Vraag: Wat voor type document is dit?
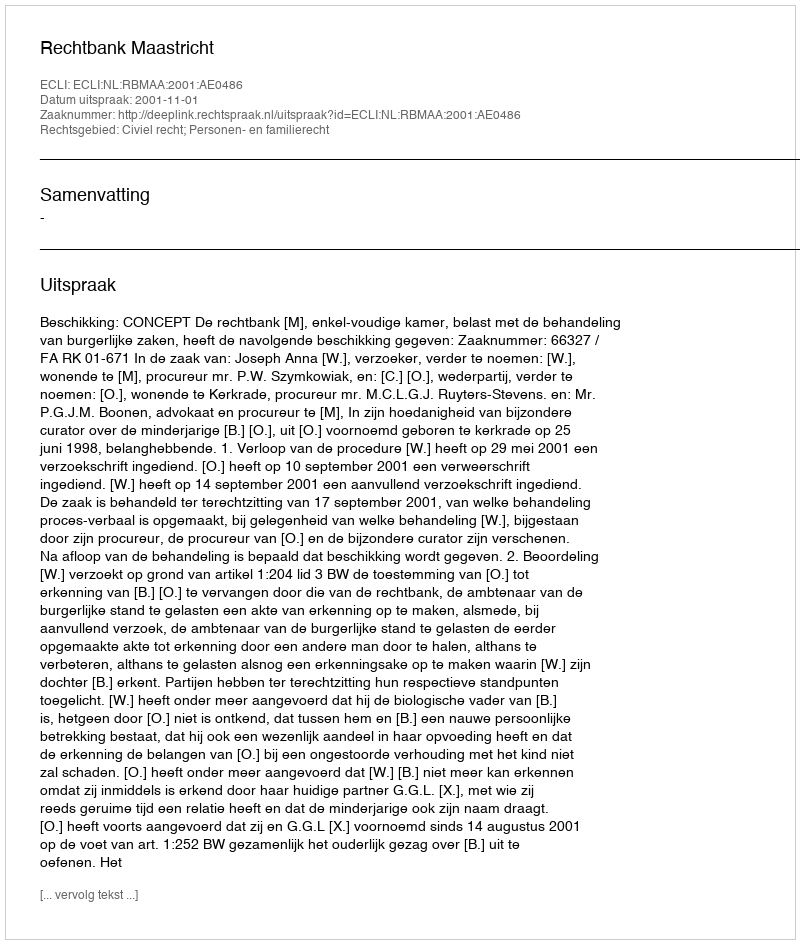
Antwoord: Uitspraak